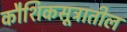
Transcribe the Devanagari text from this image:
कौशिकसूत्रातील